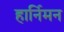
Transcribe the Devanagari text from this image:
हार्निमन